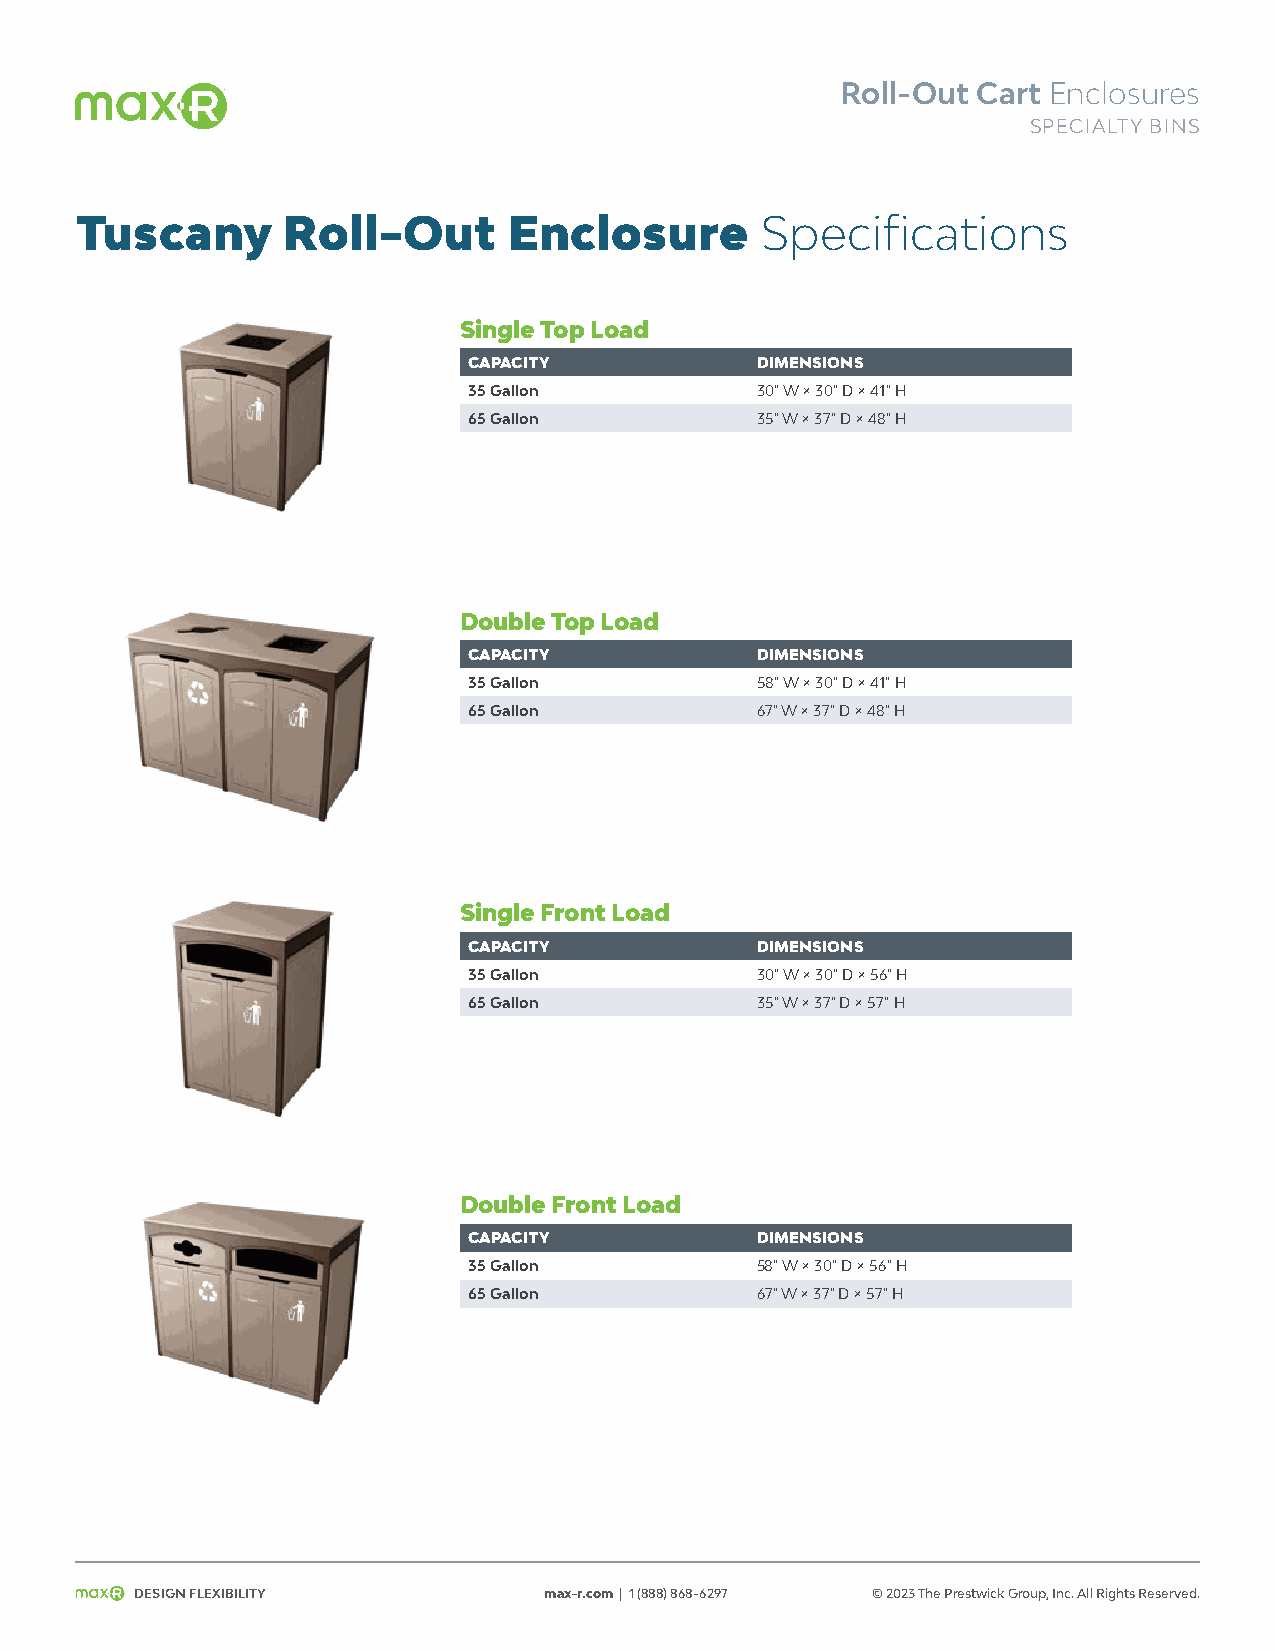
Roll-Out Cart Enclosures
 SPECIALTY BINS
 Tuscany       Roll-Out       Enclosure       Specifications
 Single Top Load
 CAPACITY           DIMENSIONS
 35 Gallon          30" W × 30" D × 41" H
 65 Gallon          35" W × 37" D × 48" H
 Double Top Load
 CAPACITY           DIMENSIONS
 35 Gallon          58" W × 30" D × 41" H
 65 Gallon          67" W × 37" D × 48" H
 Single Front Load
 CAPACITY           DIMENSIONS
 35 Gallon          30" W × 30" D × 56" H
 65 Gallon          35" W × 37" D × 57" H
 Double Front Load
 CAPACITY           DIMENSIONS
 35 Gallon          58" W × 30" D × 56" H
 65 Gallon          67" W × 37" D × 57" H
 Design Flexibility         max-r.com | 1 (888) 868-6297 © 2023 The Prestwick Group, Inc. All Rights Reserved.